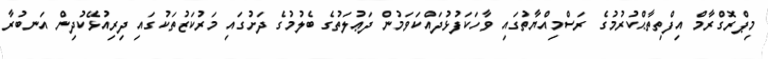
މިޕްރޮގްރާމް އިފްތިތާޙްކުރުމުގެ ރަސްމިއްޔާތުގައި ވާހަކަފުޅުދައްކަވަމުން ދަޢުލަތުގެ ބެލުމުގެ ދަށުގައި މަރުކަޒުތަކުގައި ދިރިއުޅޭކުދިން އަނބުރާ